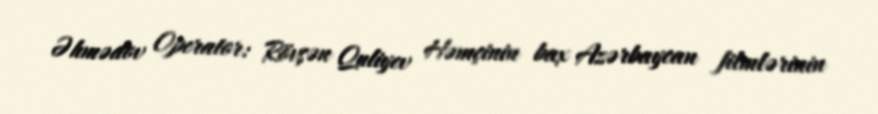
Əhmədov Operator: Rövşən Quliyev Həmçinin bax Azərbaycan filmlərinin